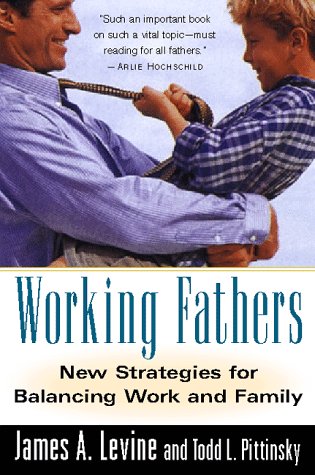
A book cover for Working Fathers: New Strategies for Balancing Work and Family; James A. Levine; Business & Money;